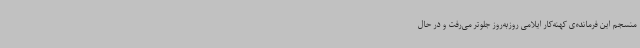
منسجم این فرمانده‌ی کهنه‌کار ایلامی روزبه‌روز جلوتر می‌رفت و در حال